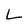
Character: L